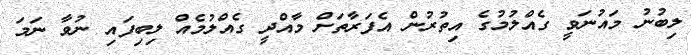
ލިބުނު މައުނަވީ ގެއްލުމުގެ އިތުރުން އެފަރާތަށް މާއްދީ ގެއްލުމެއް ލިބިފައި ނުވާ ނަމަ